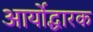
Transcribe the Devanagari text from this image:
आर्योद्धारक